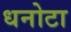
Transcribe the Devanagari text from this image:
धनोटा